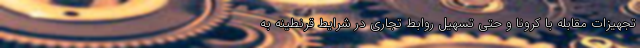
تجهیزات مقابله با کرونا و حتی تسهیل روابط تجاری در شرایط قرنطینه به